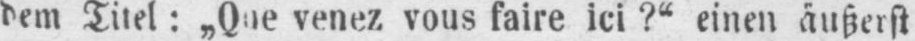
venez vous faire ici?“ einen äußerst